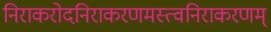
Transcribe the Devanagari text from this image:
निराकरोदनिराकरणमस्त्वनिराकरणम्